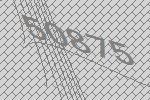
50875